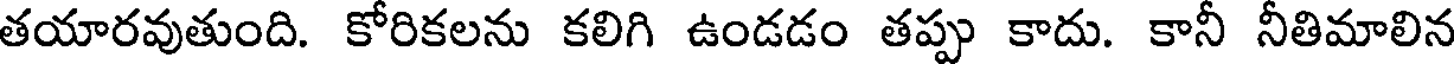
తయారవుతుంది. కోరికలను కలిగి ఉండడం తప్పు కాదు. కానీ నీతిమాలిన